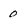
Character: 0